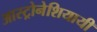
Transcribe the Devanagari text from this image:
आस्ट्रोनेशियायी